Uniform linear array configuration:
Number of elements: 8
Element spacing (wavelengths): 0.75
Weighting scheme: hamming
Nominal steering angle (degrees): -45
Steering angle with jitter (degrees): -44.756
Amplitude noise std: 0.05
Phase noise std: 0.05

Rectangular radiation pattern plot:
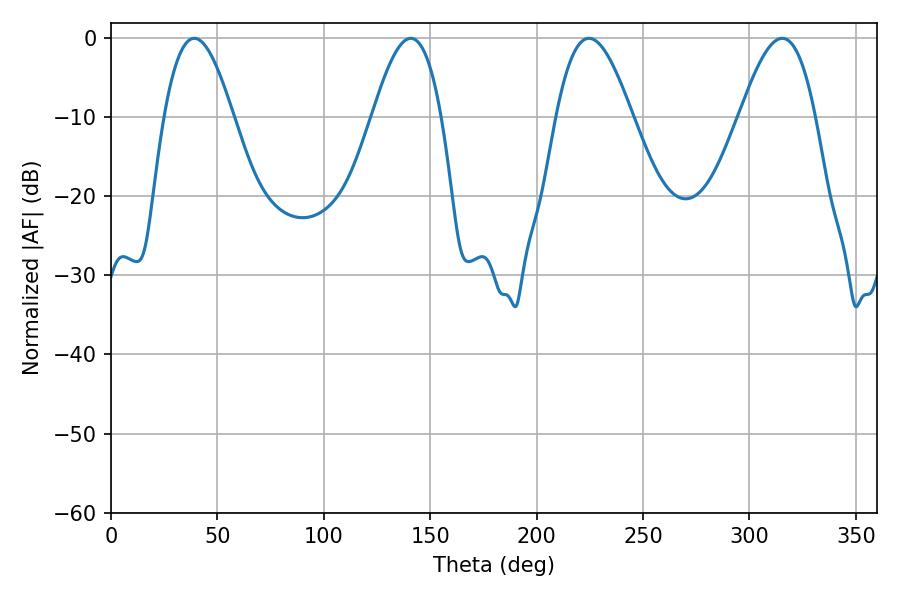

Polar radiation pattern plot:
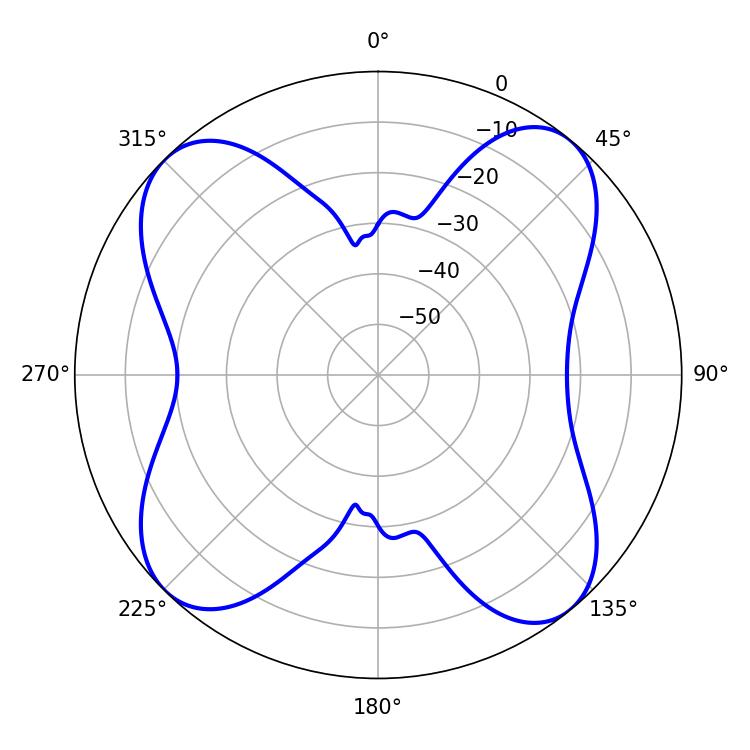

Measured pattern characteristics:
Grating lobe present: TRUE
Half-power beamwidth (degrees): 19.08
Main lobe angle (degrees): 224.64